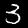
Digit: 3